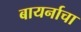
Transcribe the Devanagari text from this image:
बायर्नाचा